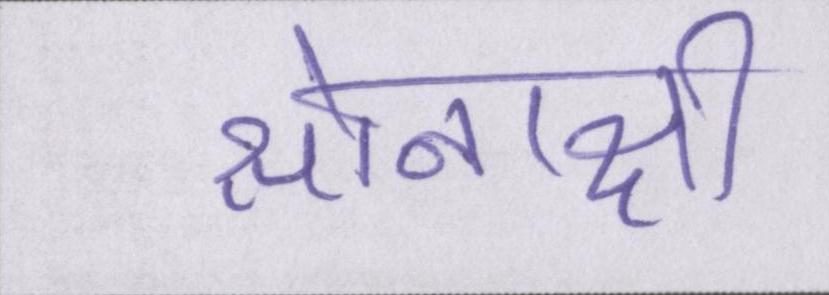
सोनाक्षी